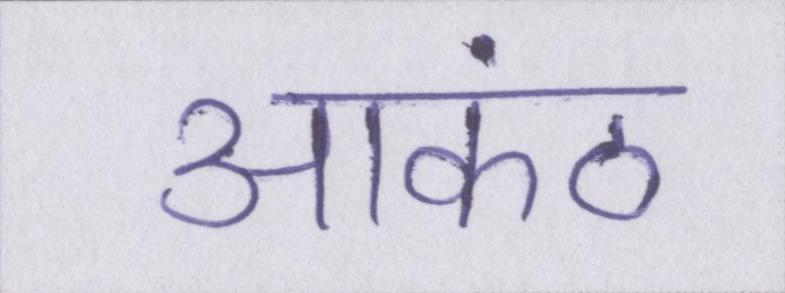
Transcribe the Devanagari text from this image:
आकंठ